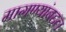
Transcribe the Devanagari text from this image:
मागण्यांबद्दल